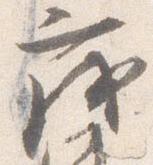
茂